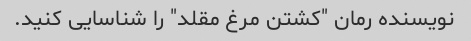
نویسنده رمان "کشتن مرغ مقلد" را شناسایی کنید.